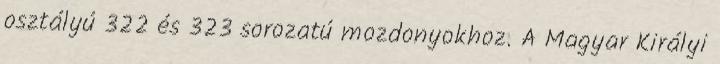
osztályú 322 és 323 sorozatú mozdonyokhoz. A Magyar Királyi